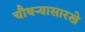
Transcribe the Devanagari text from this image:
चौथऱ्यासारखे